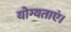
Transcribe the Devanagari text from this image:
योग्यताएं।